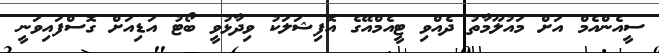
ސީއެންއެމް އަށް މައުލޫމާތު ދެއްވި ޓީއެމްއޭގެ އޮފިޝަލަކު ވިދާޅުވީ ބޯޓު އަޑިއަށް ގޮސްފައިވަނީ